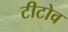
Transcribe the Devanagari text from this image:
टीटोव